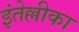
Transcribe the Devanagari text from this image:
इंतेल्लीका